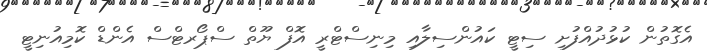
އެގޮތުން ކުޅުދުއްފުށި ސިޓީ ކައުންސިލާއި މިނިސްޓްރީ އޮފް ޔޫތް ސްޕޯރޓްސް އެންޑް ކޮމިއުނިޓީ